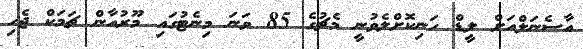
އާސެނަލްއަށް ލީޑް ހަނިކޮށްލެވުނީ މެޗުގެ 85 ވަނަ މިނެޓުގައި މޫރުއާން ޗަމަކް ޖެހި